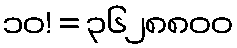
၁၀! = ၃၆၂၈၈၀၀